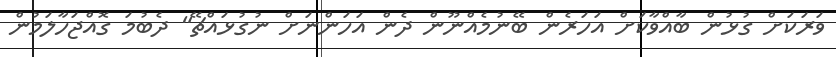
ވަރަކަށް ގުޅުން ބާއްވާކަށް އަހަރެން ބޭނުމެއްނޫން ދެން އަހަންނަށް ނުގުޅައްޗޭ" ދެބުމަ ގޮއްޖަހާލަމުން